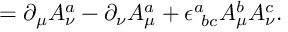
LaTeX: = \partial _ { \mu } A _ { \nu } ^ { a } - \partial _ { \nu } A _ { \mu } ^ { a } + \epsilon _ { \ b c } ^ { a } A _ { \mu } ^ { b } A _ { \nu } ^ { c } .